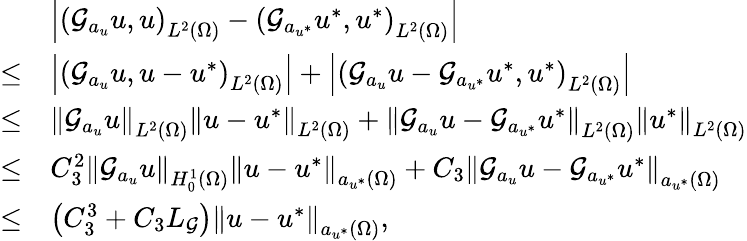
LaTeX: \begin{array}{rl}&{\left|\left(\mathcal{G}_{a_{u}}u,u\right)_{L^{2}(\Omega)}-\left(\mathcal{G}_{a_{u^{*}}}u^{*},u^{*}\right)_{L^{2}(\Omega)}\right|}\\ {\leq}&{\left|\left(\mathcal{G}_{a_{u}}u,u-u^{*}\right)_{L^{2}(\Omega)}\right|+\left|\left(\mathcal{G}_{a_{u}}u-\mathcal{G}_{a_{u^{*}}}u^{*},u^{*}\right)_{L^{2}(\Omega)}\right|}\\ {\leq}&{\left\Vert\mathcal{G}_{a_{u}}u\right\Vert_{L^{2}(\Omega)}\left\Vert u-u^{*}\right\Vert_{L^{2}(\Omega)}+\left\Vert\mathcal{G}_{a_{u}}u-\mathcal{G}_{a_{u^{*}}}u^{*}\right\Vert_{L^{2}(\Omega)}\left\Vert u^{*}\right\Vert_{L^{2}(\Omega)}}\\ {\leq}&{C_{3}^{2}\left\Vert\mathcal{G}_{a_{u}}u\right\Vert_{H_{0}^{1}(\Omega)}\left\Vert u-u^{*}\right\Vert_{a_{u^{*}}(\Omega)}+C_{3}\left\Vert\mathcal{G}_{a_{u}}u-\mathcal{G}_{a_{u^{*}}}u^{*}\right\Vert_{a_{u^{*}}(\Omega)}}\\ {\leq}&{\left(C_{3}^{3}+C_{3}L_{\mathcal{G}}\right)\left\Vert u-u^{*}\right\Vert_{a_{u^{*}}(\Omega)},}\end{array}